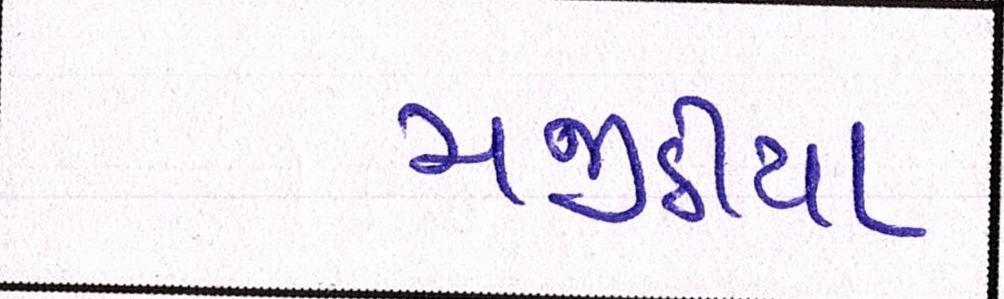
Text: મજીઠીયા